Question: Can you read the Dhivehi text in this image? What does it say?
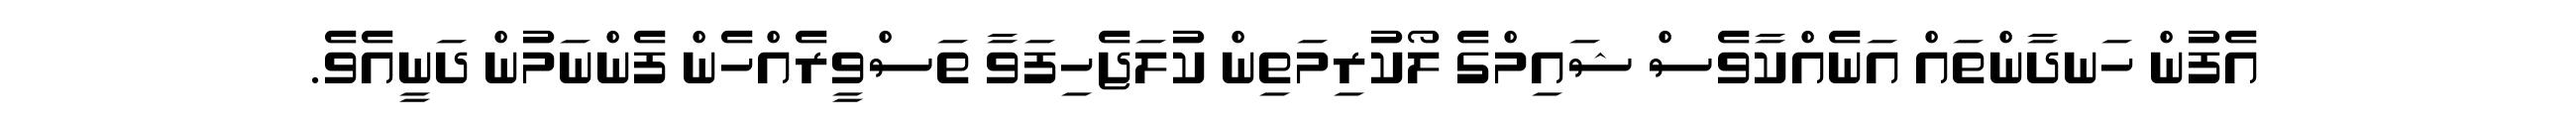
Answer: އެފުން ހަނދާންތައް އަނެއްކާވެސް ޝައިމްގެ ލޯކުރިމަތިން ކުލަޖެހިފަވާ ތަސްވީރެއްހެން ފެންނަމުން ދަނީއެވެ.